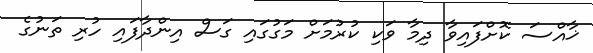
ޚާއްސަ ކޮށްފައިވާ ދިމާ ވަކި ކުރުމަށް މަގުގައި ގަސް އިންދާފައި ހުރި ތަނުގެ